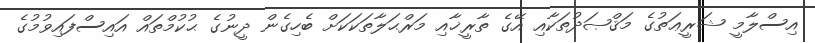
އިސްލާމީ ޝަރީޢަތުގެ މަޤްޞަދުތަކާއި އޭގެ ތާރީޚާއި މަރްޙަލާތަކަކަށް ބެހިގެން ދީނުގެ ޙުކުމްތައް އައިސްފައިވުމުގެ